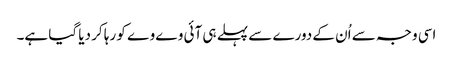
اسی وجہ سے اُن کے دورے سے پہلے ہی آئی وے وے کو رہا کر دیا گیا ہے۔